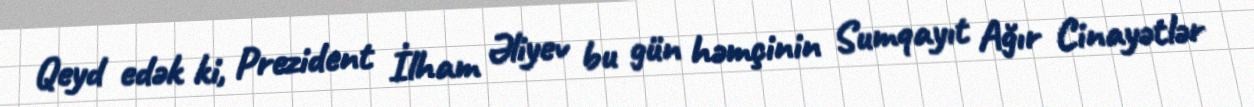
Qeyd edək ki, Prezident İlham Əliyev bu gün həmçinin Sumqayıt Ağır Cinayətlər